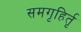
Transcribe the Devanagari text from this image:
समगृहिर्तृ